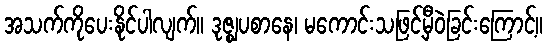
အသက်ကိုပေးနိုင်ပါလျက်။ ဒုဇ္ဈပစာနေ၊ မကောင်းသဖြင့်မှီဝဲခြင်းကြောင့်။